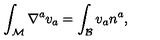
\int _ { \mathcal M } \nabla ^ { a } v _ { a } = \int _ { \mathcal B } v _ { a } n ^ { a } ,